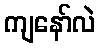
ကျနော်လဲ